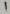
Text: 1